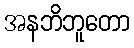
အနဘိဘူတော